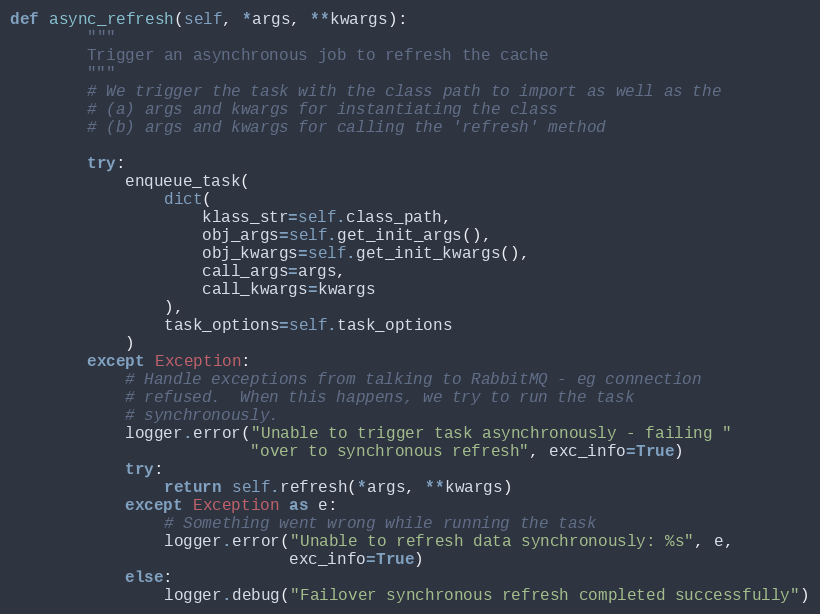
Language: Python
def async_refresh(self, *args, **kwargs):
        """
        Trigger an asynchronous job to refresh the cache
        """
        # We trigger the task with the class path to import as well as the
        # (a) args and kwargs for instantiating the class
        # (b) args and kwargs for calling the 'refresh' method

        try:
            enqueue_task(
                dict(
                    klass_str=self.class_path,
                    obj_args=self.get_init_args(),
                    obj_kwargs=self.get_init_kwargs(),
                    call_args=args,
                    call_kwargs=kwargs
                ),
                task_options=self.task_options
            )
        except Exception:
            # Handle exceptions from talking to RabbitMQ - eg connection
            # refused.  When this happens, we try to run the task
            # synchronously.
            logger.error("Unable to trigger task asynchronously - failing "
                         "over to synchronous refresh", exc_info=True)
            try:
                return self.refresh(*args, **kwargs)
            except Exception as e:
                # Something went wrong while running the task
                logger.error("Unable to refresh data synchronously: %s", e,
                             exc_info=True)
            else:
                logger.debug("Failover synchronous refresh completed successfully")